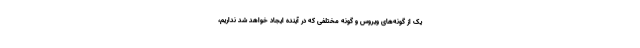
یک از گونه‌های ویروس و گونه مختلفی که در آینده ایجاد خواهد شد نداریم،